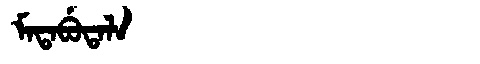
Manchu: ᠮᠠᡨᠠᠪᡠᡨᠠᠯᠠ
Romanization: MATABUTALA